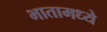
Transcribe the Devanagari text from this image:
भातामध्ये